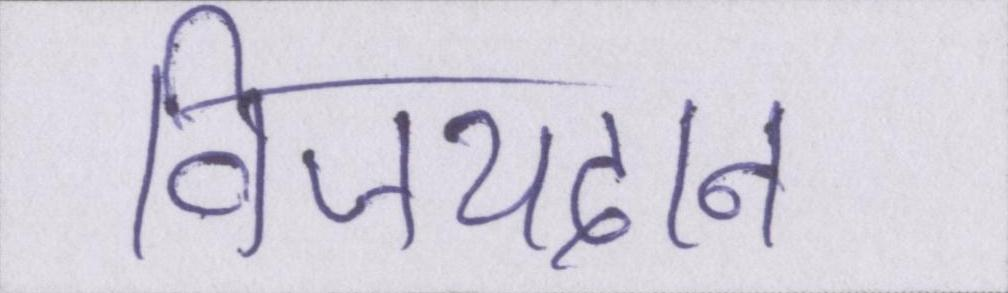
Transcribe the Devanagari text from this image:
विजयदान